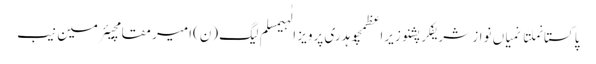
پاکستانملتانمیاں نواز شریفکرپشنوزیراعظمچوہدری پرویز الٰہیمسلم لیگ (ن)امیر مقامچیئرمین نیب